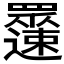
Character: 𲆉